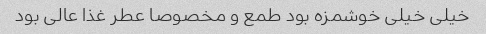
خیلی خیلی خوشمزه بود طمع و مخصوصا عطر غذا عالی بود